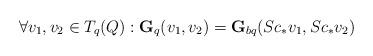
LaTeX: \begin{align*} \forall v_{1},v_{2}\in T_{q}(Q): \textbf{G}_{q}(v_{1},v_{2})=\textbf{G}_{bq}(Sc_{*}v_{1},Sc_{*}v_{2})\end{align*}